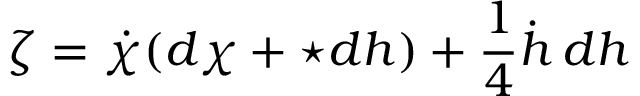
\zeta = \dot { \chi } ( d \chi + \star d h ) + \frac { 1 } { 4 } \dot { h } \, d h